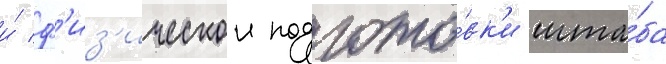
и́ ф'из'ическои подгото́вк'и шта́ба